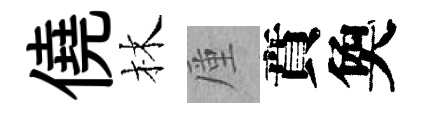
僥林厪賁奐